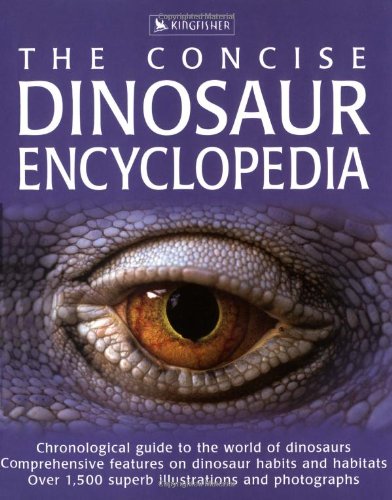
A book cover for Concise Dinosaur Encyclopedia (The Concise); David Burnie; Children's Books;